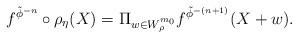
LaTeX: \begin{align*}f^{\tilde{\phi}^{-n}} \circ \rho_{\eta}(X) = \Pi_{w \in W_{\rho}^{m_0}} f^{\tilde{\phi}^{-(n+1)}}(X+w).\end{align*}